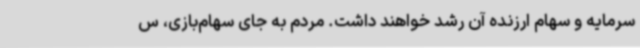
سرمایه و سهام ارزنده آن رشد خواهند داشت. مردم به جای سهام‌بازی، س